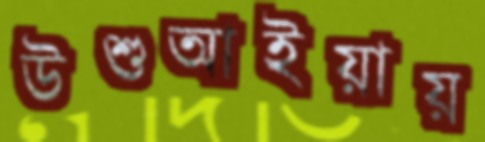
উশুআইয়ায়